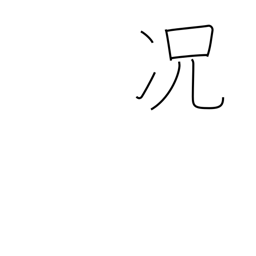
Meaning: still less